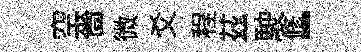
空嗇微爻程茲駛修-